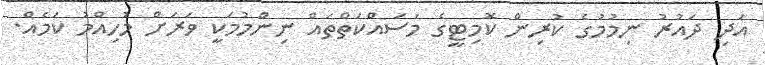
އަދި ދައުރު ނިމުމުގެ ކުރިން ކޮމިޓީގެ މަސައްކަތްތައް ނިންމުމަކީ ވަރަށް މުހިއްމު ކަމެއް.